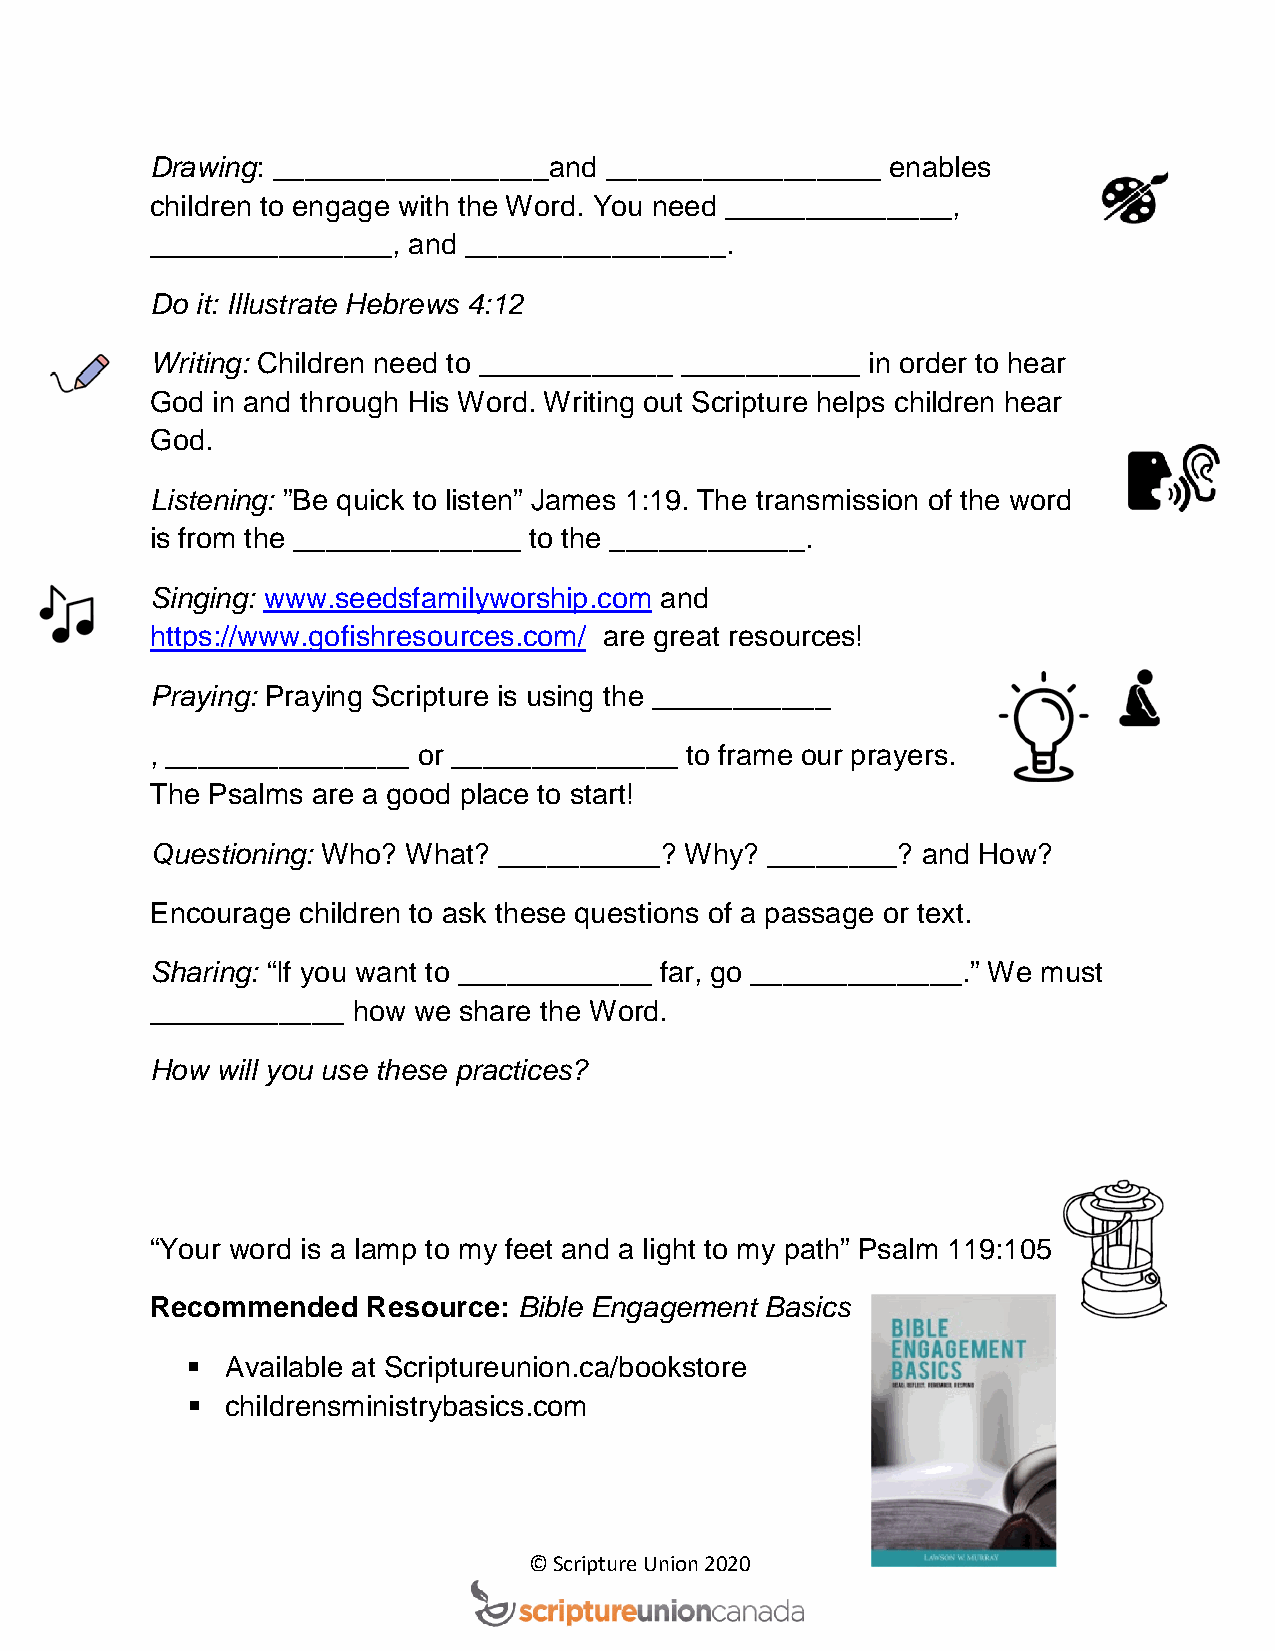
Drawing: _________________and _________________  enables
 children to engage with the Word. You need ______________,
 _______________, and ________________.
 Do it: Illustrate Hebrews 4:12
 Writing: Children need to ____________ ___________ in order to hear
 God in and through His Word. Writing out Scripture helps children hear
 God.
 Listening: ”Be quick to listen” James 1:19. The transmission of the word
 is from the ______________ to the ____________.
 Singing: www.seedsfamilyworship.com and
 https://www.gofishresources.com/ are great resources!
 Praying: Praying Scripture is using the ___________
 , _______________ or ______________ to frame our prayers.
 The Psalms are a good place to start!
 Questioning: Who? What? __________? Why? ________? and How?
 Encourage children to ask these questions of a passage or text.
 Sharing: “If you want to ____________ far, go _____________.” We must
 ____________ how we share the Word.
 How will you use these practices?
 “Your word is a lamp to my feet and a light to my path” Psalm 119:105
 Recommended   Resource: Bible Engagement Basics
   Available at Scriptureunion.ca/bookstore
   childrensministrybasics.com
 © Scripture Union 2020